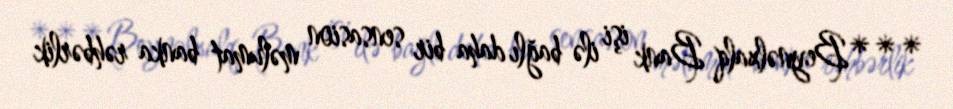
***Beynəlxalq Bank işi ilə bağlı daha bir sensasion məlumat banka rəhbərlik